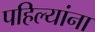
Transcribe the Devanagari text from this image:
पहिल्यांना